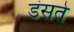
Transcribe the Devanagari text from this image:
डंसते